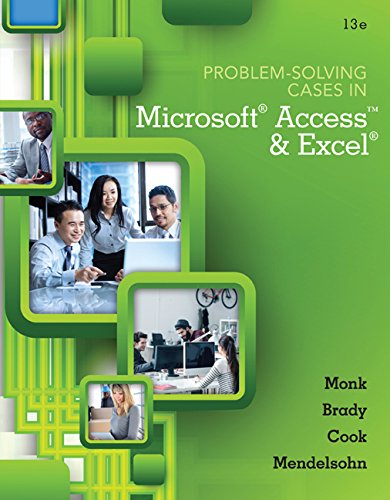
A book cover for Problem Solving Cases In Microsoft Access and Excel (Newest Edition); Ellen Monk; Computers & Technology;